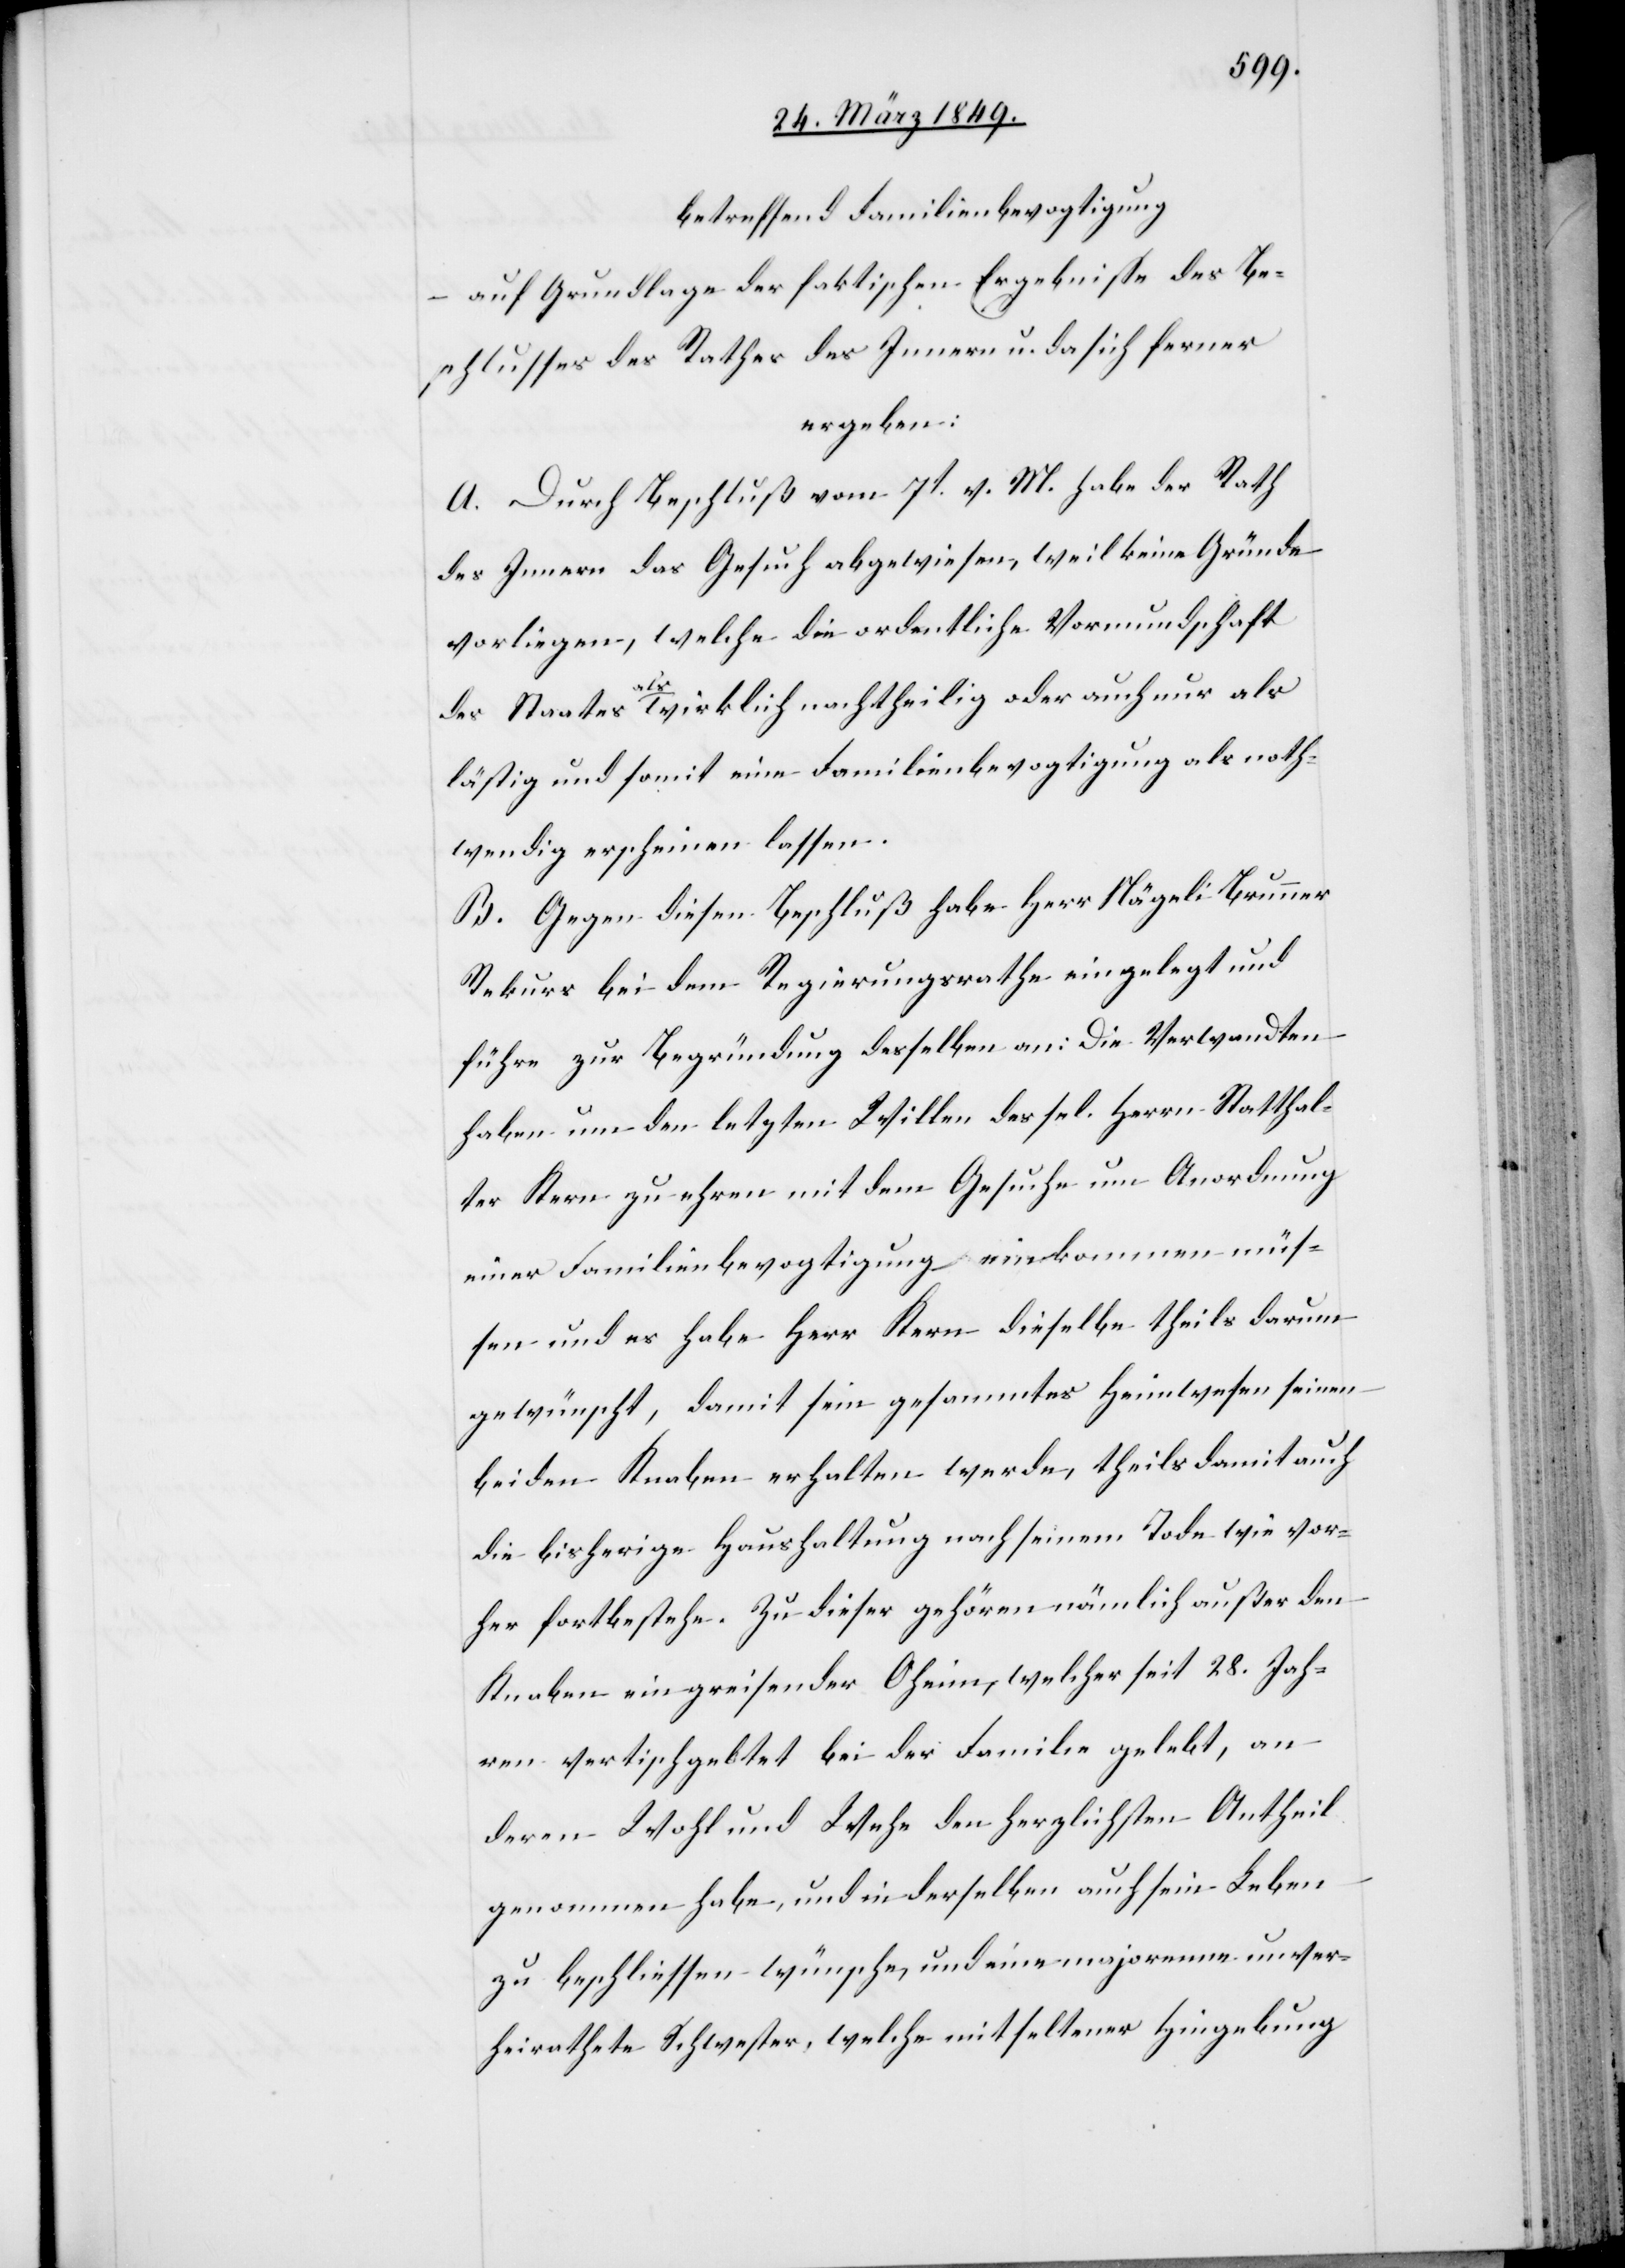
betreffend Familienbevogtigung
auf Grundlage der faktischen Ergebnisse des Be¬
schlusses des Rathes des Innern u. da sich ferner
ergeben:
A. Durch Beschluß vom 7t. v. M. habe der Rath
des Innern das Gesuch abgewiesen, weil keine Gründe
vorliegen, welche die ordentliche Vormundschaft
des Staates als wirklich nachtheilig oder auch nur als
lästig und somit eine Familienbevogtigung als noth¬
wendig erscheinen lassen.
B. Gegen diesen Beschluß habe Herr Nägeli Brunner
Rekurs bei dem Regierungsrathe eingelegt und
führe zur Begründung desselben an: Die Verwandten
haben um den letzten Willen des sel. Herrn Statthal¬
ter Kern zu ehren mit dem Gesuche um Anordnung
einer Familienbevogtigung einkommen müs¬
sen und es habe Herr Kern dieselbe theils darum
gewünscht, damit sein gesammtes Heimwesen seinen
beiden Knaben erhalten werde, theils damit auch
die bisherige Haushaltung nach seinem Tode wie vor¬
her fortbestehe. Zu dieser gehören nämlich außer den
Knaben ein greisender Oheim, welcher seit 28. Jah¬
ren vertischgeltet bei der Familie gelebt, an
deren Wohl und Wehe den herzlichsten Antheil
genommen habe, und in derselben auch sein Leben
zu beschliessen wünsche, und eine majorenne unver¬
heirathete Schwester, welche mit seltener Hingebung